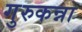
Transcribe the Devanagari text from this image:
गुरुकन्ना